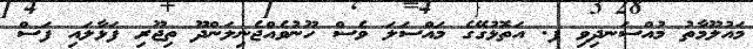
މައުލޫމާތު މުއްސަނދިވި ފ. އަތޮޅުގޭގެ މައްސަލަ ވެސް ހޫނުވެއްޖެނިލަންދޫ ތިޖޫރި ފަޅާލައި ފަސް